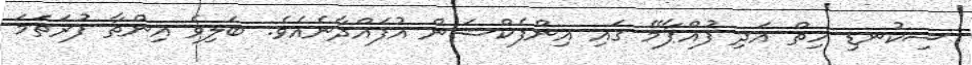
ސިކުނޑި ހިތް އަދި ފުއްޕާމޭ ގައި އިންފެކްޝަން އުފައްދާނެއެވެ. ބަލިވެ އިންތާ ފުރަތަމަ